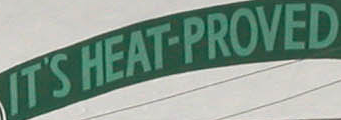
IT'S HEAT-PROVED